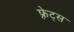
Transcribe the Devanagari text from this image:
फ़्रेट्स